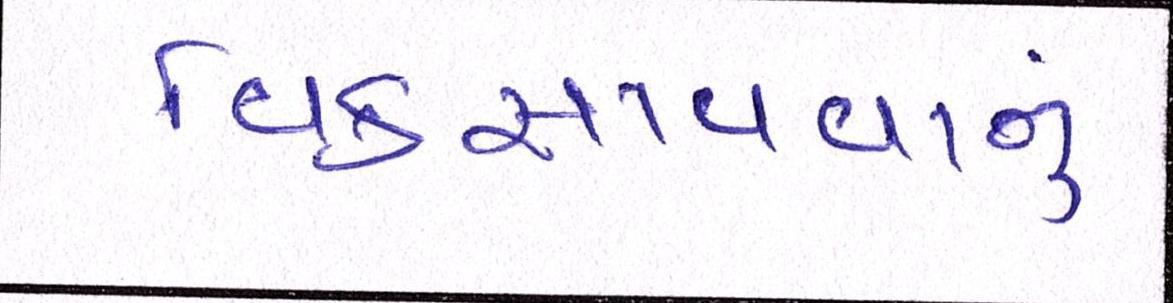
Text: વિકસાવવાનું